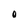
Character: O